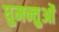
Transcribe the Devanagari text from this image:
घुमन्तुओं